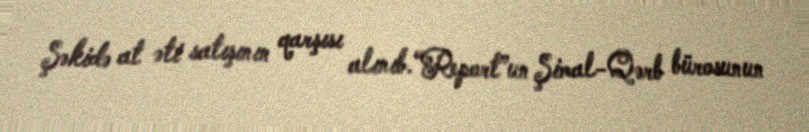
Şəkidə at əti satışının qarşısı alınıb.“Report”un Şimal-Qərb bürosunun